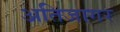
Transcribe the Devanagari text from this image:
अतिजागर